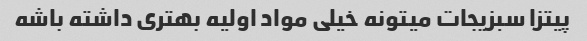
پیتزا سبزیجات میتونه خیلی مواد اولیه بهتری داشته باشه